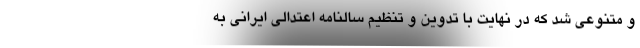
و متنوعی شد که در نهایت با تدوین و تنظیم سالنامه اعتدالی ایرانی به